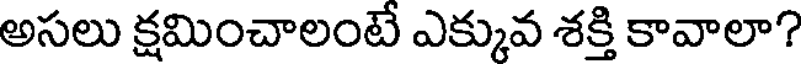
అసలు క్షమించాలంటే ఎక్కువ శక్తి కావాలా?